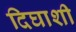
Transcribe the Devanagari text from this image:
दिघाशी